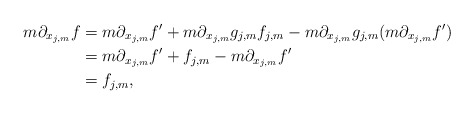
\begin{align*} m\partial_{x_{j,m}}f&=m\partial_{x_{j,m}}f'+m\partial_{x_{j,m}}g_{j,m}f_{j,m}-m\partial_{x_{j,m}}g_{j,m}(m\partial_{x_{j,m}}f')\\ &=m\partial_{x_{j,m}}f'+f_{j,m}-m\partial_{x_{j,m}}f'\\ &=f_{j,m},\end{align*}